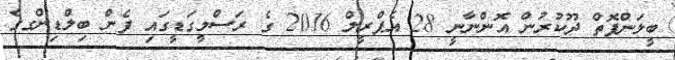
ބީލަންފޮތް ދޫކުރުން އޮންނާނީ 28 އެޕްރީލް 2016 ގެ ރަސްމީގަޑީގައި ފެން ބިލްޑިންގގެ